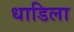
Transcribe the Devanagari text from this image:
धाडिला